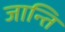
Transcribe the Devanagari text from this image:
जान्ति